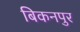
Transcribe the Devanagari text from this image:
बिकनपुर